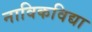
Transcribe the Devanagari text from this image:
नाविकविद्या